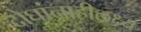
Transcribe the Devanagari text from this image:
दोघांनाहीलक्ष्य